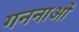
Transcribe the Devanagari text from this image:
गननाओं